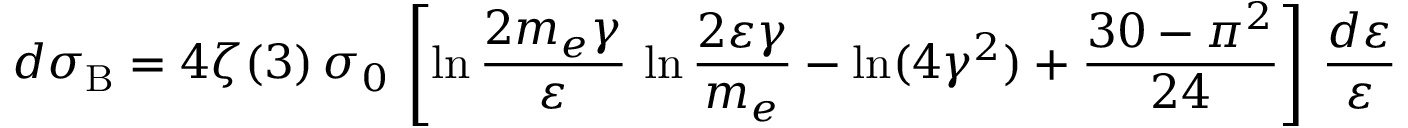
d \sigma _ { \mathrm { B } } = 4 \zeta ( 3 ) \, \sigma _ { 0 } \, \left[ \ln { \frac { 2 m _ { e } \gamma } { \varepsilon } } \, \ln { \frac { 2 \varepsilon \gamma } { m _ { e } } } - \ln ( 4 \gamma ^ { 2 } ) + \frac { 3 0 - \pi ^ { 2 } } { 2 4 } \right] \, { \frac { d \varepsilon } { \varepsilon } }